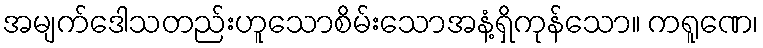
အမျက်ဒေါသတည်းဟူသောစိမ်းသောအနံ့ရှိကုန်သော။ ကရူဏေ၊